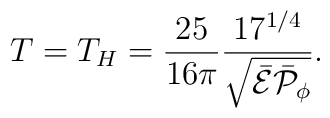
T=T_H={{25}\over{16\pi}}{{17^{1/4}}\over\sqrt{\bar{\cal E}\bar{\cal P}_{\phi}}}.